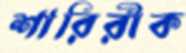
শারিরীক